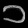
Digit: ၁